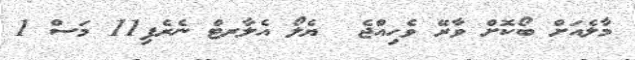
މާލެއަށް ބޯކޮށް ވާރޭ ވެހިއްޖެ  ޔެލޯ އެލާރޓް ނެރެފި11 މަސް 1